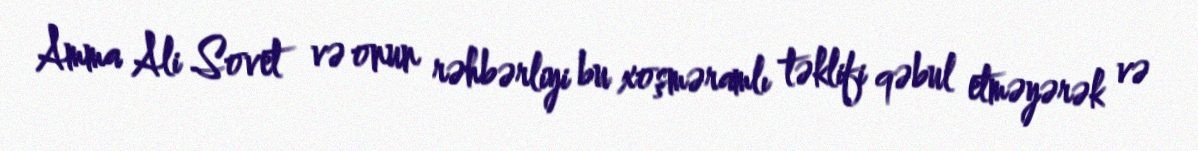
Amma Ali Sovet və onun rəhbərliyi bu xoşməramlı təklifi qəbul etməyərək və